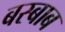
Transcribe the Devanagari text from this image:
बस्बाब